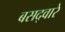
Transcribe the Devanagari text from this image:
बसद्वारे